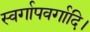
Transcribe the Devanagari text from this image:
स्वर्गापवर्गादि।